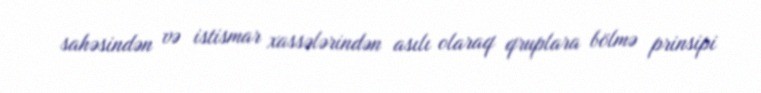
sahəsindən və istismar xassələrindən asılı olaraq qruplara bölmə prinsipi